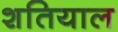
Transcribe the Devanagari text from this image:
शतियाल